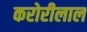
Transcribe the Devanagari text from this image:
करोरीलाल